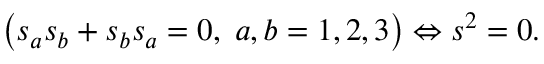
\left( s _ { a } s _ { b } + s _ { b } s _ { a } = 0 , \; a , b = 1 , 2 , 3 \right) \Leftrightarrow s ^ { 2 } = 0 .